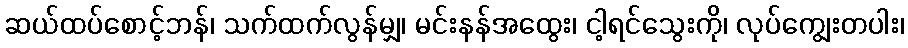
ဆယ်ထပ်စောင့်ဘန်၊ သက်ထက်လွန်မျှ၊ မင်းနန်အထွေး၊ ငါ့ရင်သွေးကို၊ လုပ်ကျွေးတပါး၊